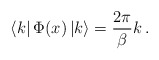
\begin{align*}\left\langle k\right| \Phi (x)\left| k\right\rangle =\frac{2\pi}{\beta }k\, .\end{align*}